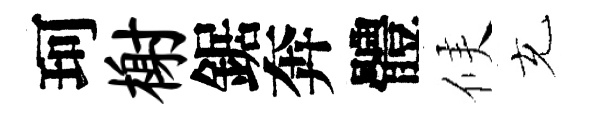
珂榭鋸奔體候充